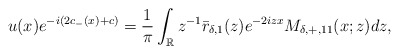
\begin{align*}\begin{aligned}u(x)e^{-i(2c_-(x)+c)}&=\frac{1}{\pi} \int_{\mathbb{R}} z^{-1}\bar{r}_{\delta,1}(z) e^{-2izx} M_{\delta,+,11}(x;z) dz,\end{aligned}\end{align*}